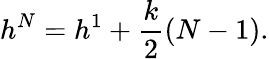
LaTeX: h^{N}=h^{1}+{\frac{k}{2}}(N-1).